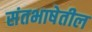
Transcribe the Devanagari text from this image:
संतभाषेतील